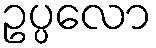
ဥပ္ပလော